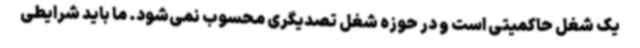
یک شغل حاکمیتی است و در حوزه شغل تصدیگری محسوب نمی‌شود. ما باید شرایطی